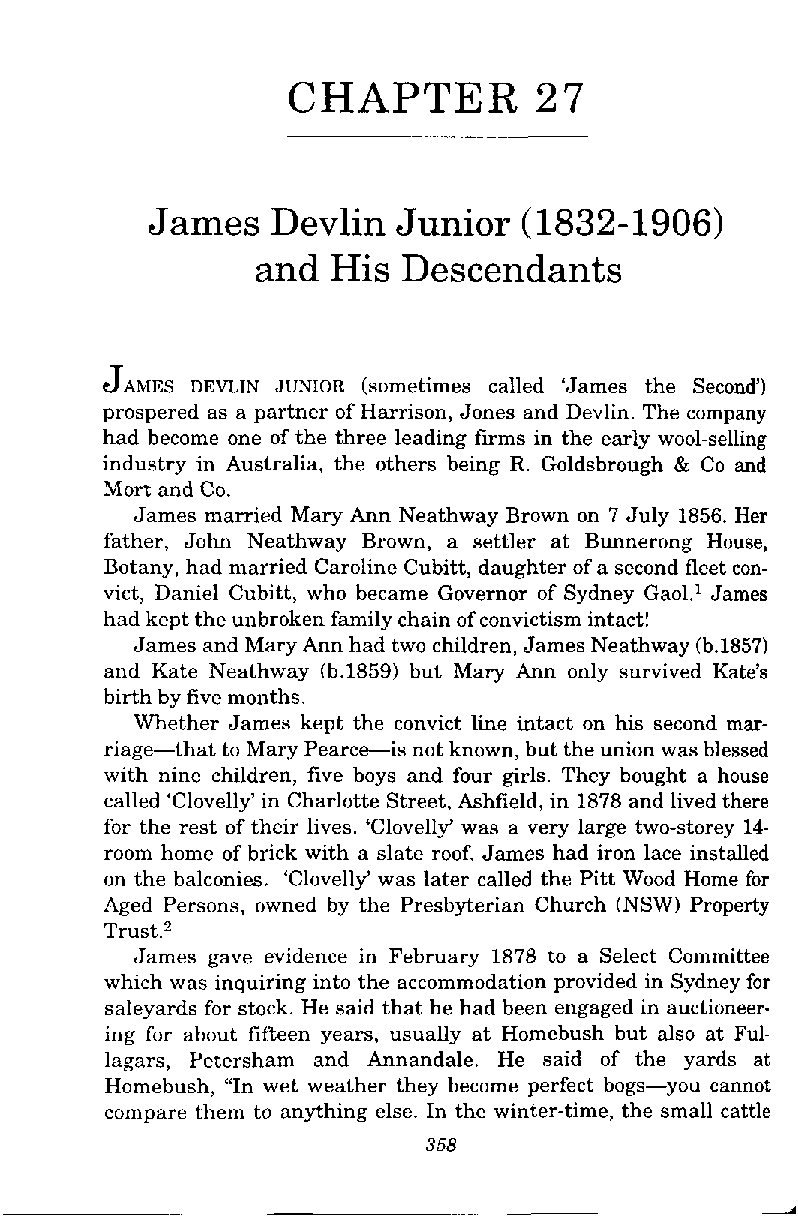
CHAPTER          27
 James   Devlin  Junior   (1832-1906)
 and  His  Descendants
 J A m s DEVLIN JUNIOR (sometimes called 'James the Second')
 prospered as a partner of Harrison, Jones and Devlin. The company
 had become one of the three leading firms in the early wool-selling
 industry in Australia, the others being R. Goldsbrough & Co and
 Mort and Co.
 James married Mary Ann Neathway Brown on 7 July 1856. Her
 father, John Neathway Brown, a settler at Bunnerong House,
 Botany, had married Caroline Cubitt, daughter of a second fleet con-
 vict, Daniel Cubitt, who became Governor of Sydney Gaol.' James
 had kept the unbroken family chain of convictism intact!
 James and Mary Ann had two children, James Neathway (b.1857)
 and Kate Neathway (b.1859) but Mary Ann only survived Kate's
 birth by five months.
 Whether James kept the convict line intact on his second mar-
 riage-that to Mary Pearce--is not known, but the union was blessed
 with nine children, five boys and four girls. They bought a house
 called 'Clovelly' in Charlotte Street. Ashfield, in 1878 and lived there
 for the rest of their lives. 'Clovelly' was a very large two-storey 14-
 room home of brick with a slate roof. James had iron lace installed
 on the balconies. 'Clovelly' was later called the Pitt Wood Home for
 Aged Persons, owned by the Presbyterian Church (NSW) Property
 T r u ~ t . ~
 James gave evidence in February 1878 to a Select Committee
 which was inquiring into the accommodation provided in Sydney for
 saleyards for stock. He said that he had been engaged in auctioneer-
 ing for about fifteen years, usually at Homebush but also at Ful-
 lagars, Petersham and Annandale. He said of the yards at
 Homebush, "In wet weather they become perfect bogs-you cannot
 compare them to anything else. In the winter-time, the small cattle
 358